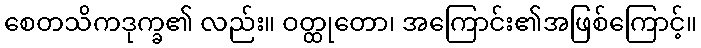
စေတသိကဒုက္ခ၏ လည်း။ ဝတ္ထုတော၊ အကြောင်း၏အဖြစ်ကြောင့်။